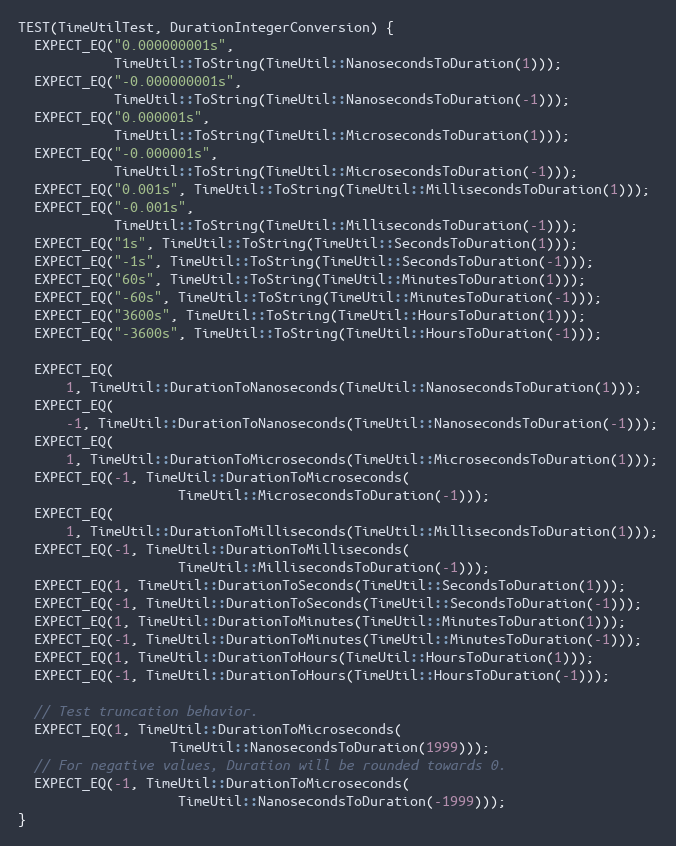
Language: C++
TEST(TimeUtilTest, DurationIntegerConversion) {
  EXPECT_EQ("0.000000001s",
            TimeUtil::ToString(TimeUtil::NanosecondsToDuration(1)));
  EXPECT_EQ("-0.000000001s",
            TimeUtil::ToString(TimeUtil::NanosecondsToDuration(-1)));
  EXPECT_EQ("0.000001s",
            TimeUtil::ToString(TimeUtil::MicrosecondsToDuration(1)));
  EXPECT_EQ("-0.000001s",
            TimeUtil::ToString(TimeUtil::MicrosecondsToDuration(-1)));
  EXPECT_EQ("0.001s", TimeUtil::ToString(TimeUtil::MillisecondsToDuration(1)));
  EXPECT_EQ("-0.001s",
            TimeUtil::ToString(TimeUtil::MillisecondsToDuration(-1)));
  EXPECT_EQ("1s", TimeUtil::ToString(TimeUtil::SecondsToDuration(1)));
  EXPECT_EQ("-1s", TimeUtil::ToString(TimeUtil::SecondsToDuration(-1)));
  EXPECT_EQ("60s", TimeUtil::ToString(TimeUtil::MinutesToDuration(1)));
  EXPECT_EQ("-60s", TimeUtil::ToString(TimeUtil::MinutesToDuration(-1)));
  EXPECT_EQ("3600s", TimeUtil::ToString(TimeUtil::HoursToDuration(1)));
  EXPECT_EQ("-3600s", TimeUtil::ToString(TimeUtil::HoursToDuration(-1)));

  EXPECT_EQ(
      1, TimeUtil::DurationToNanoseconds(TimeUtil::NanosecondsToDuration(1)));
  EXPECT_EQ(
      -1, TimeUtil::DurationToNanoseconds(TimeUtil::NanosecondsToDuration(-1)));
  EXPECT_EQ(
      1, TimeUtil::DurationToMicroseconds(TimeUtil::MicrosecondsToDuration(1)));
  EXPECT_EQ(-1, TimeUtil::DurationToMicroseconds(
                    TimeUtil::MicrosecondsToDuration(-1)));
  EXPECT_EQ(
      1, TimeUtil::DurationToMilliseconds(TimeUtil::MillisecondsToDuration(1)));
  EXPECT_EQ(-1, TimeUtil::DurationToMilliseconds(
                    TimeUtil::MillisecondsToDuration(-1)));
  EXPECT_EQ(1, TimeUtil::DurationToSeconds(TimeUtil::SecondsToDuration(1)));
  EXPECT_EQ(-1, TimeUtil::DurationToSeconds(TimeUtil::SecondsToDuration(-1)));
  EXPECT_EQ(1, TimeUtil::DurationToMinutes(TimeUtil::MinutesToDuration(1)));
  EXPECT_EQ(-1, TimeUtil::DurationToMinutes(TimeUtil::MinutesToDuration(-1)));
  EXPECT_EQ(1, TimeUtil::DurationToHours(TimeUtil::HoursToDuration(1)));
  EXPECT_EQ(-1, TimeUtil::DurationToHours(TimeUtil::HoursToDuration(-1)));

  // Test truncation behavior.
  EXPECT_EQ(1, TimeUtil::DurationToMicroseconds(
                   TimeUtil::NanosecondsToDuration(1999)));
  // For negative values, Duration will be rounded towards 0.
  EXPECT_EQ(-1, TimeUtil::DurationToMicroseconds(
                    TimeUtil::NanosecondsToDuration(-1999)));
}